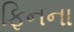
ફિનના